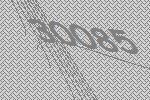
30085